Vaccination in Bombay 1924-1928 - 1924-1928
Year: 1924
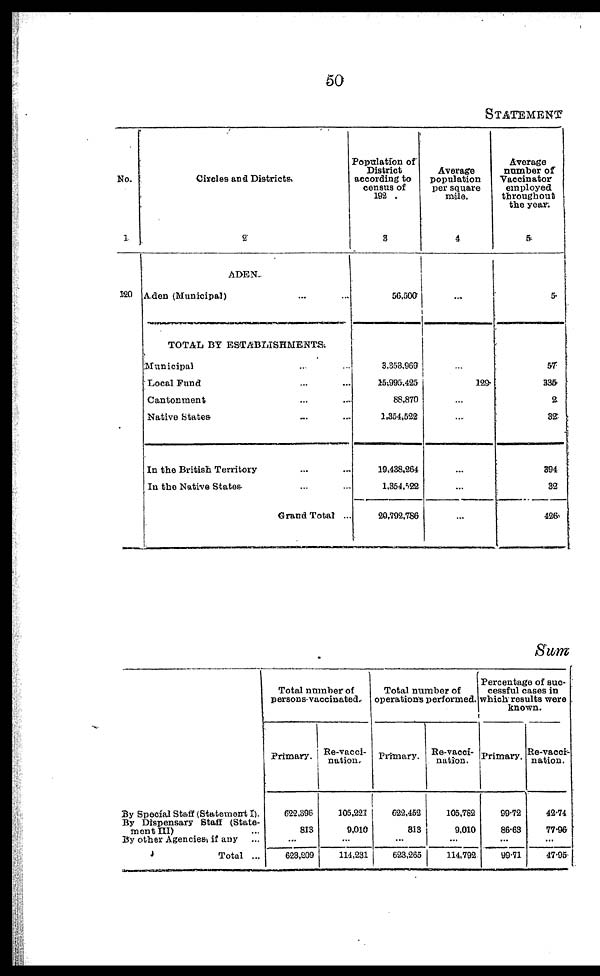
50
STATEMENT
No.
1
120
Circles and Districts.
2
ADEN.
Aden (Municipal) ... ...
TOTAL BY ESTABLISHMENTS.
Municipal ... ...
Local Fund ... ...
Cantonment ... ...
Native States ... ...
In the British Territory... ...
In the Native States. ... ...
Grand Total ...
Population of
District
according to
census of
192 .
3
56,500
3,358,969
15,995,425
88,870
1,354,522
19,438,264
1,354,522
20,792,786
Average
population
per square
mile.
4
...
...
129
...
...
...
...
...
Average
number of
Vaccinator
employed
throughout
the year.
5
5
57
335
2
32
394
32
426
Sum
By Special Staff (Statement I).
By Dispensary Staff (State-
ment III) ...
By other Agencies, if any ...
Total ...
Total number of
persons vaccinated.
Primary.
622,396
813
...
623,209
Re-vacci-
nation.
105,221
9,010
...
114,231
Total number of
operations performed.
Primary.
622,452
813
...
623,265
Re-vacci-
nation.
105,782
9,010
...
114,792
Percentage of suc-
cessful cases in
which results were
known.
Primary.
99.72
86.63
...
99.71
Re-vacci-
nation.
42.74
77.96
...
47.95